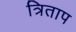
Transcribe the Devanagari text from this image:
त्रिताप